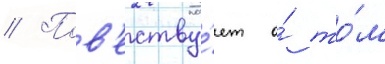
// Пов'еству́ет о́ то́м